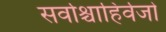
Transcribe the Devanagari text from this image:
सर्वाश्चाहिर्वजो